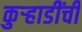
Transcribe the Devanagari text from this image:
कुऱ्हाडींची